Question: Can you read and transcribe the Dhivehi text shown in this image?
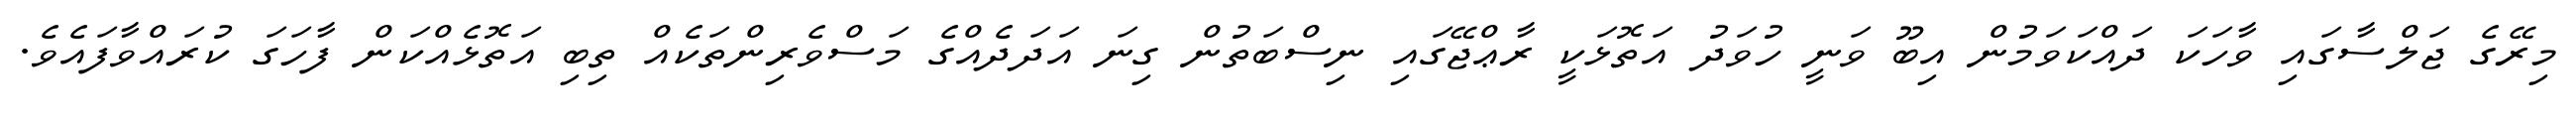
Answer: މިރޭގެ ޖަލްސާގައި ވާހަކަ ދައްކަވަމުން އިބޫ ވަނީ ހުވަދު އަތޮޅަކީ ރާޢްޖޭގައި ނިސްބަތުން ގިނަ އަދަދެއްގެ މަސްވެރިންތަކެއް ތިބި އަތޮޅެއްކަން ފާހަގަ ކުރައްވާފައެވެ.